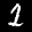
Label: 1